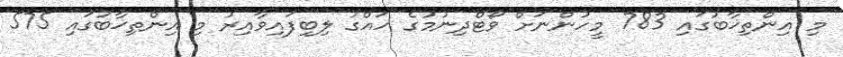
މި އިންތިޚާބުގައި 783 މީހުންނަށް ވޯޓްދިނުމުގެ ހައްގު ލިބިފައިވާއިރު މި އިންތިޚާބުގައި 575